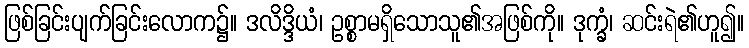
ဖြစ်ခြင်းပျက်ခြင်းလောက၌။ ဒလိဒ္ဒိယံ၊ ဥစ္စာမရှိသောသူ၏အဖြစ်ကို။ ဒုက္ခံ၊ ဆင်းရဲ၏ဟူ၍။